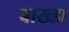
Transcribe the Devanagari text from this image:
बाख्डा